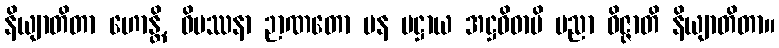
နိယျာတိတာ ဟောန္တိ, ဝိပဿနာ ဉာဏတော ပန ပဋ္ဌာယ အဋ္ဌဝိဓာပိ ပညာ ဝိဇ္ဇာတိ နိယျာတိတာ။